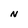
Character: N